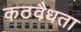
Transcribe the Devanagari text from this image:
कठवैधता